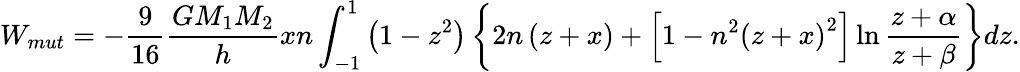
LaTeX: W_{mut}=\displaystyle-\frac{9}{16}\frac{GM_{1}M_{2}}{h}xn\int_{-1}^{1}\left(1-z^{2}\right)\left\lbrace 2n\left(z+x\right)+\left[1-n^{2}\left(z+x\right)^{2}\right]\ln\frac{z+\alpha}{z+\beta}\right\rbrace dz.